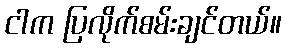
ငါက ပြလိုက်စမ်းချင်တယ်။